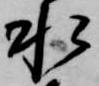
水